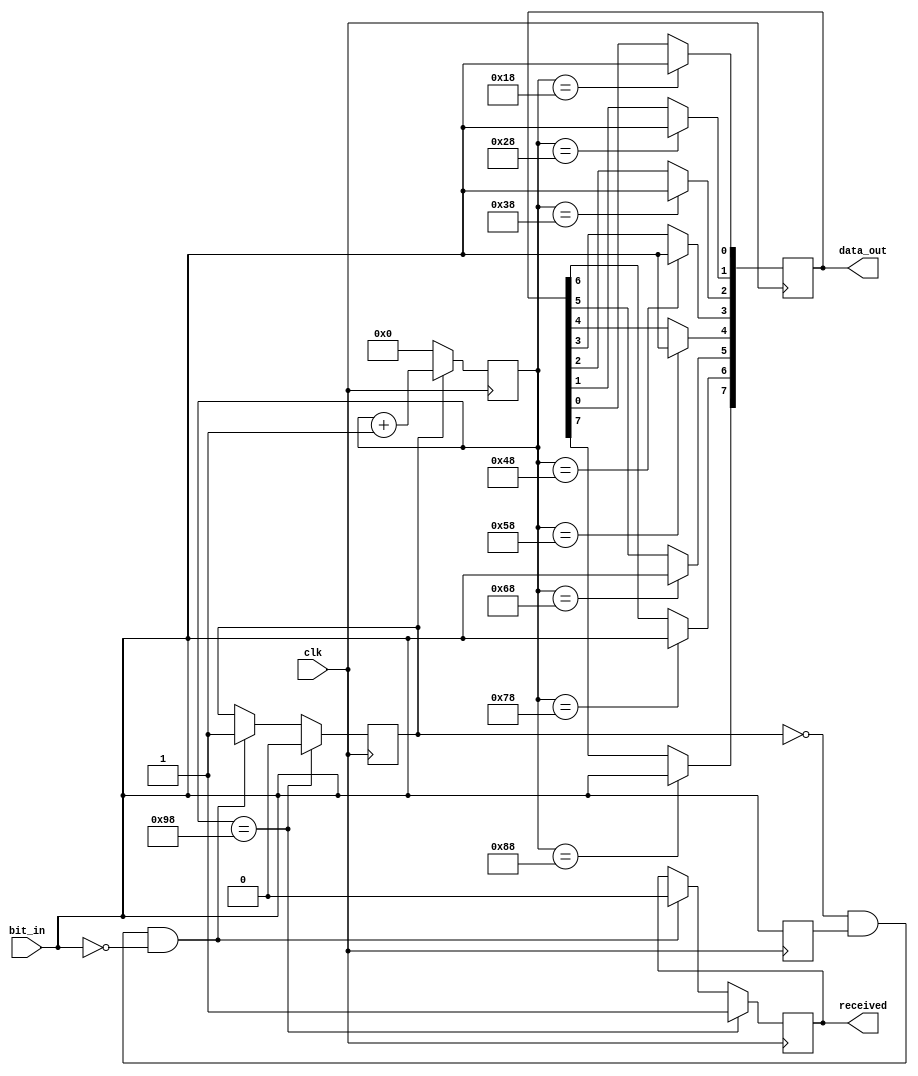
// This program was cloned from: https://github.com/tongplw/HW-Syn-Lab
// License: MIT License

`timescale 1ns / 1ns
//////////////////////////////////////////////////////////////////////////////////
// Company: Computer Engineering Department, Chulalongkorn University
// 
// Design Name: 
// Module Name: receiver
// Project Name: 
// Target Devices: 
// Tool Versions: 
// Description: 
// 
// Dependencies: 
// 
// Revision:
// Revision 0.01 - File Created
// Additional Comments:
// 
//////////////////////////////////////////////////////////////////////////////////


module receiver(
    input clk,
    input bit_in,
    output reg received,
    output reg [7:0] data_out
    );
    
    reg last_bit;
    reg receiving = 0;
    reg [7:0] count;
    
    always@(posedge clk) begin
        if (~receiving & last_bit & ~bit_in) 
        begin
            receiving <= 1;
            received <= 0;
            count <= 0;
        end

        last_bit <= bit_in;
      
        if (receiving) count <= count + 1;
        else count <= 0;
        
        case (count)
            8'd24: data_out[0] <= bit_in;
            8'd40: data_out[1] <= bit_in;
            8'd56: data_out[2] <= bit_in;
            8'd72: data_out[3] <= bit_in;
            8'd88: data_out[4] <= bit_in;
            8'd104: data_out[5] <= bit_in;
            8'd120: data_out[6] <= bit_in;
            8'd136: data_out[7] <= bit_in;
            8'd152: begin received <= 1; receiving <= 0; end
        endcase
    end
endmodule